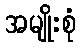
အမျိုးစုံ